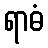
ရာဓံ